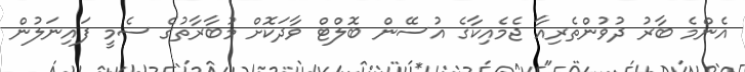
އެންމެ ބާރު ދުވުންތެރިއާ ޖެމެއިކާގެ އުސޭން ބޮލްޓް ވާދަކޮށް މުބާރާތުގެ ސެމީ ފައިނަލުން